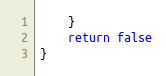
Language: Go
	}
	return false
}